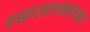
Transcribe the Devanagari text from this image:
प्रसारमाध्‍यमाच्‍या